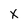
Character: X